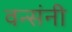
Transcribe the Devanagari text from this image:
वन्संनी